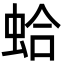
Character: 蛤